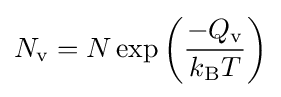
N_{\rm {v}}=N\exp \left({\frac {-Q_{\rm {v}}}{k_{\rm {B}}T}}\right)